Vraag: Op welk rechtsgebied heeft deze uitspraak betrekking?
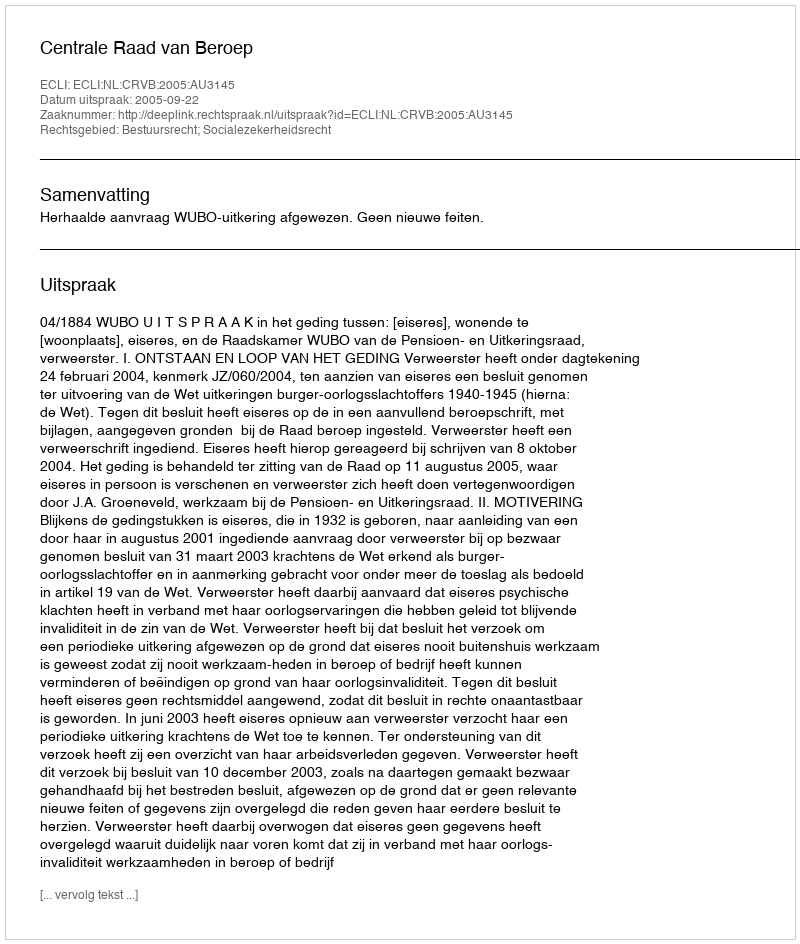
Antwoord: Bestuursrecht; Socialezekerheidsrecht